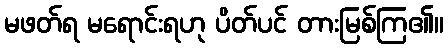
မဖတ်ရ မရောင်းရဟု ပိတ်ပင် တားမြစ်ကြ၏။